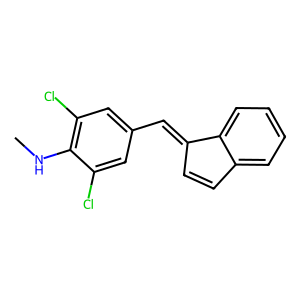
SMILES: CNc1c(Cl)cc(C=C2C=Cc3ccccc32)cc1Cl
Inhibits HIV replication: No